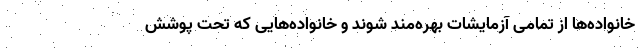
خانواده‌ها از تمامی آزمایشات بهره‌مند شوند و خانواده‌هایی که تحت پوشش